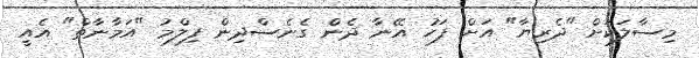
މިސާލަކަށް "ދެރިޔާ" އަށް ފަހު އޭނާ ދެން ގެނެސްދިން ފިލްމު "އަމާނާތް" އެއީ